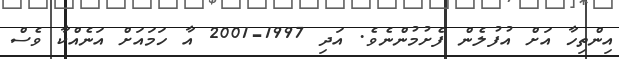
އިންތިހާ އަށް އުފުލެން ފެށުމުންނެވެ. އަދި 1997-2001 އާ ހަމައަށް އަނެއްކާ ވެސް